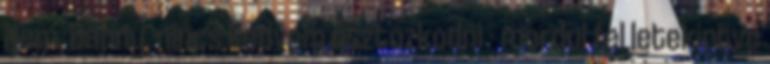
Nem, Danny, nincs kedvem osztozkodni - mordul fel letekintve